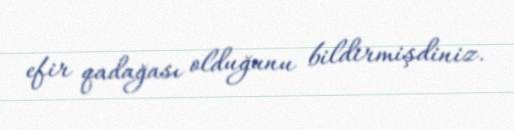
efir qadağası olduğunu bildirmişdiniz.